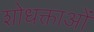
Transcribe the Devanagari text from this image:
शोधक्ताओं